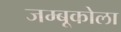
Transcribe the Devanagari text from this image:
जम्बूकोला